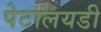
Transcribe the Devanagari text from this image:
पेटालयडी